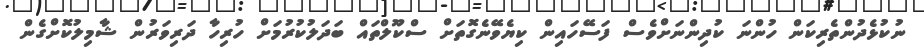
ނުކުޅެދުންތެރިކަން ހުންނަ ކުދިންނަށްވެސް ފަސޭހައިން ކިޔެވޭނެގޮތަށް ސްކޫލްތައް ބަދަލުކުރުމަށް ހުރިހާ ދަރިވަރުން ޝާމިލުކޮށްގެން